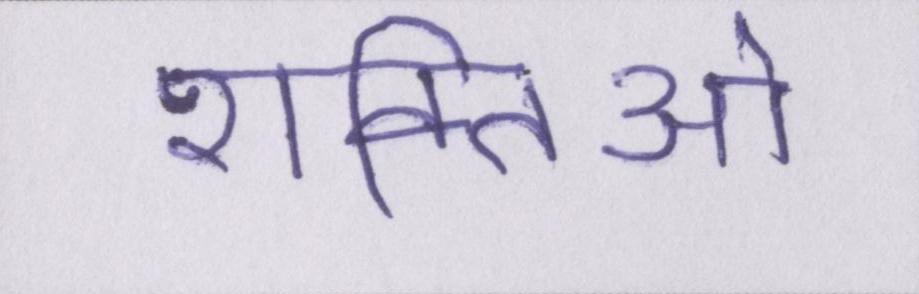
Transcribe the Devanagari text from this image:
शक्तिओ